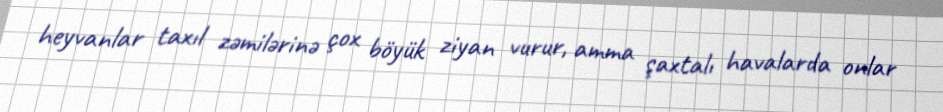
heyvanlar taxıl zəmilərinə çox böyük ziyan vurur, amma şaxtalı havalarda onlar